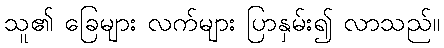
သူ၏ ခြေများ လက်များ ပြာနှမ်း၍ လာသည်။